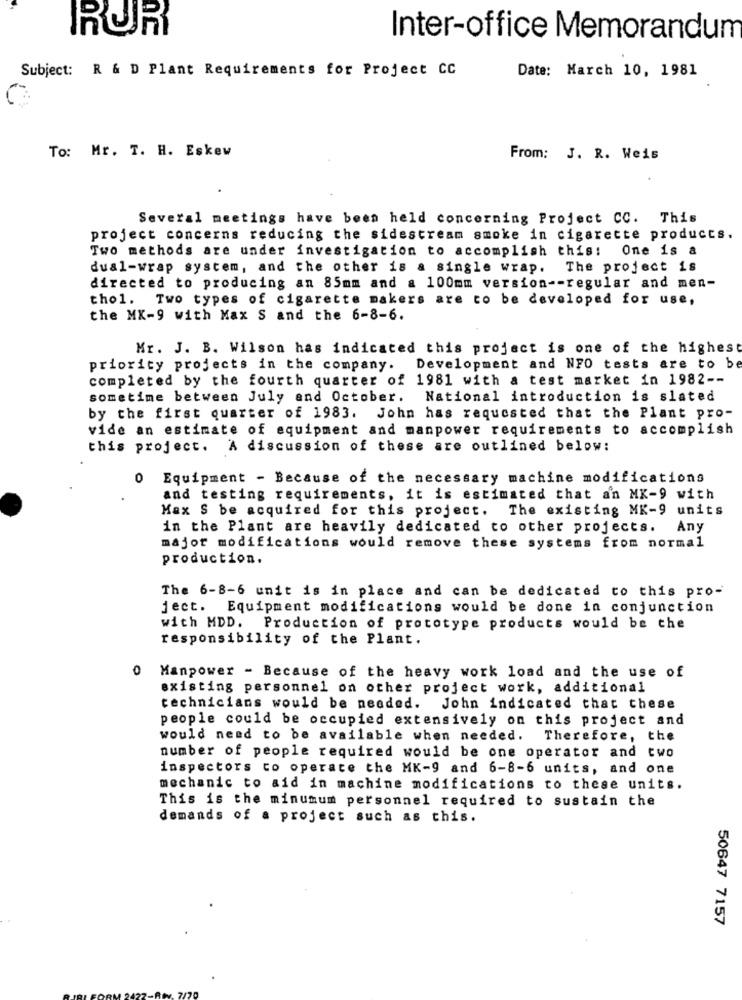
RUR
Inter-office Memorandum
Subject: R & D Plant Requirements for Project CC
Date: March 10, 1981
To: Mr. T. H. Eskew
From: J. R. Weis
Several meetings have been held concerning Project CC. This
project concerns reducing the sidestream smoke in cigarette products.
Two methods are under investigation to accomplish this: One is a
dual-wrap system, and the other is a single wrap. The project is
directed to producing an 85mm and a 100mm version -- regular and men-
thol. Two types of cigarette makers are to be developed for use,
the MX-9 with Max S and the 6-8-6.
Mr. J. B. Wilson has indicated this project is one of the highest
priority projects in the company. Development and NFO tests are to be
completed by the fourth quarter of 1981 with a test market in 1982 --
sometime between July and October. National introduction is slated
by the first quarter of 1983. John has requested that the Plant pro-
vide an estimate of equipment and manpower requirements to accomplish
this project. A discussion of these are outlined below:
0 Equipment - Because of the necessary machine modifications
and testing requirements, it is estimated that an MK-9 with
Max S be acquired for this project. The existing MK-9 units
in the Plant are heavily dedicated to other projects.
Any
major modifications would remove these systems from normal
production.
The 6-8-6 unit is in place and can be dedicated to this pro-
ject.
Equipment modifications would be done in conjunction
with MDD. Production of prototype products would be the
responsibility of the Plant.
0 Manpower - Because of the heavy work load and the use of
existing personnel on other project work, additional
technicians would be needed. John indicated that these
people could be occupied extensively on this project and
would need to be available when needed.
Therefore, the
number of people required would be one operator and two
inspectors to operate the MK-9 and 6-8-6 units, and one
mechanic to aid in machine modifications to these units.
This is the minumum personnel required to sustain the
demands of a project such as this.
50647 7157